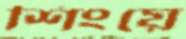
শিংয়ে